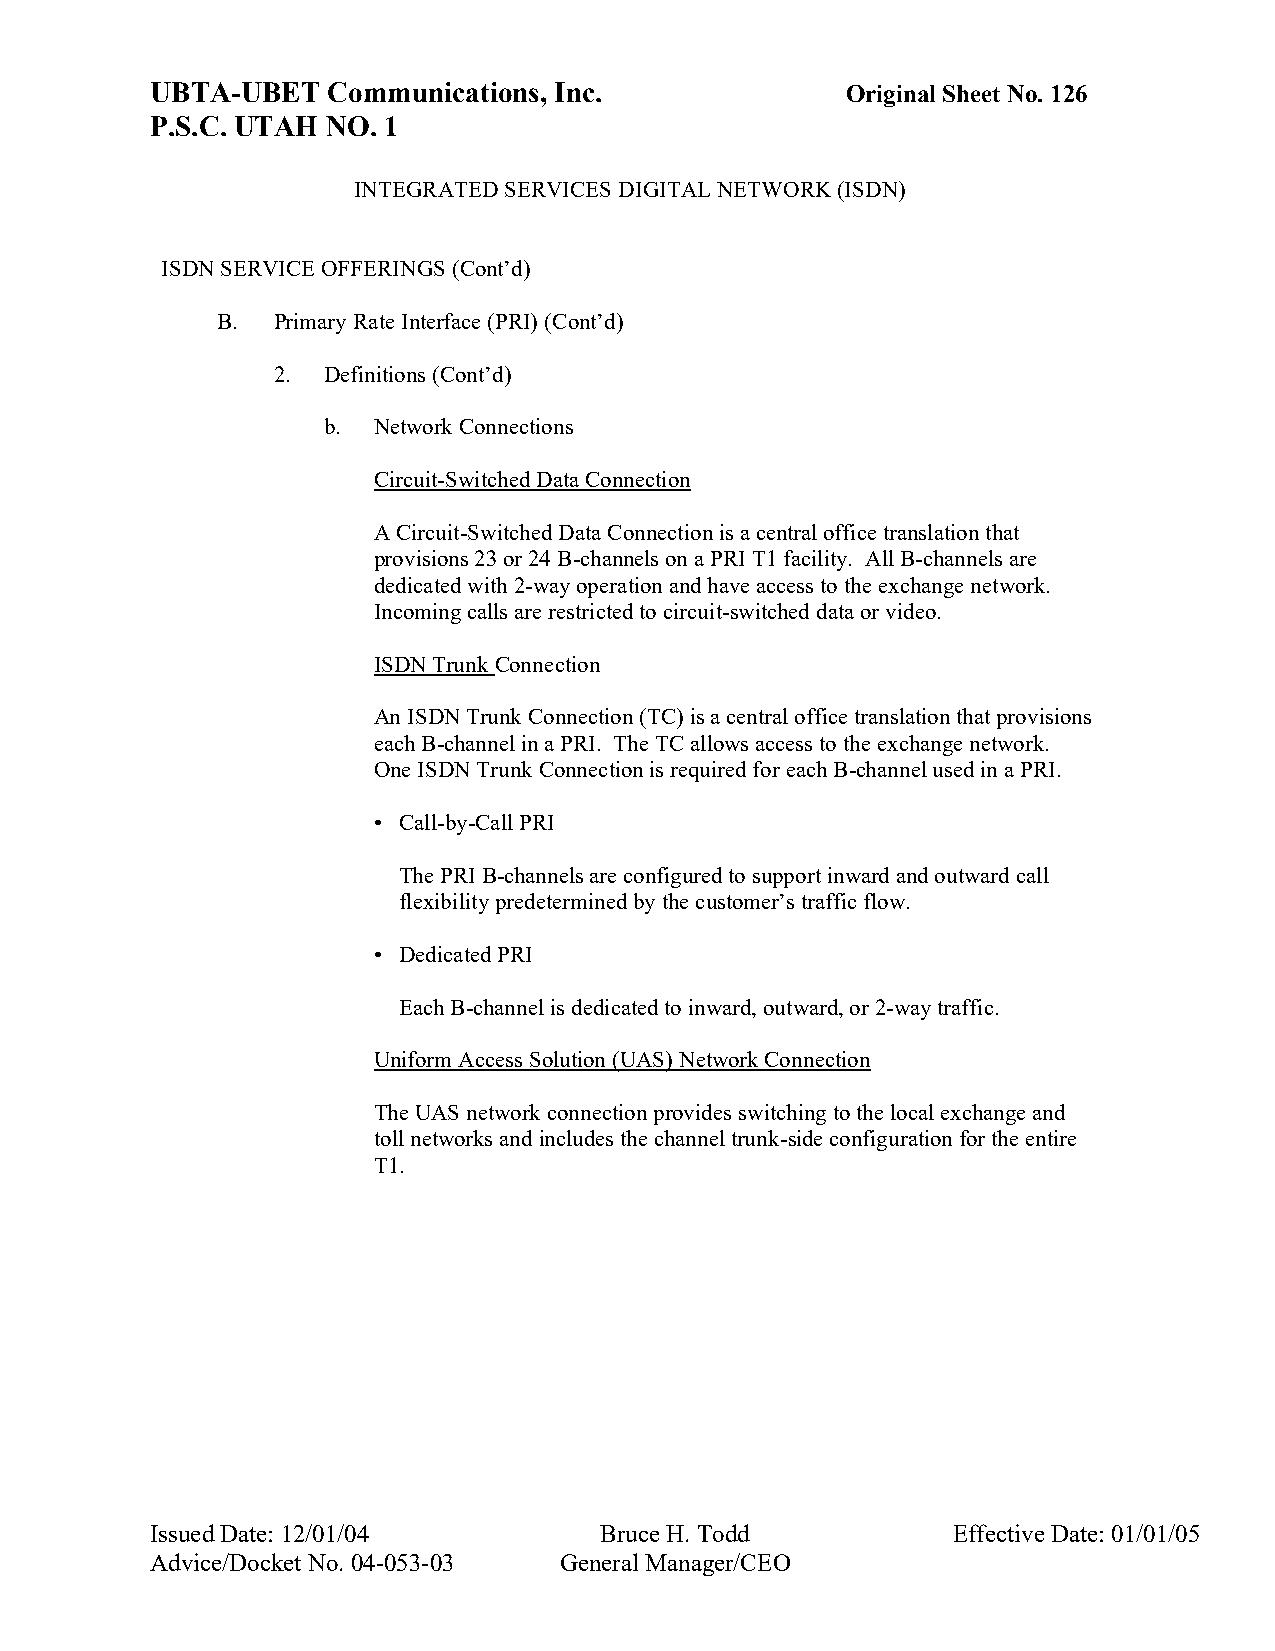
UBTA-UBET   Communications, Inc.              Original Sheet No. 126
 P.S.C. UTAH NO. 1
 INTEGRATED SERVICES DIGITAL NETWORK (ISDN)
 ISDN SERVICE OFFERINGS (Cont’d)
 B.  Primary Rate Interface (PRI) (Cont’d)
 2. Definitions (Cont’d)
 b.  Network Connections
 Circuit-Switched Data Connection
 A Circuit-Switched Data Connection is a central office translation that
 provisions 23 or 24 B-channels on a PRI T1 facility. All B-channels are
 dedicated with 2-way operation and have access to the exchange network.
 Incoming calls are restricted to circuit-switched data or video.
 ISDN Trunk Connection
 An ISDN Trunk Connection (TC) is a central office translation that provisions
 each B-channel in a PRI. The TC allows access to the exchange network.
 One ISDN Trunk Connection is required for each B-channel used in a PRI.
 • Call-by-Call PRI
 The PRI B-channels are configured to support inward and outward call
 flexibility predetermined by the customer’s traffic flow.
 • Dedicated PRI
 Each B-channel is dedicated to inward, outward, or 2-way traffic.
 Uniform Access Solution (UAS) Network Connection
 The UAS network connection provides switching to the local exchange and
 toll networks and includes the channel trunk-side configuration for the entire
 T1.
 Issued Date: 12/01/04         Bruce H. Todd          Effective Date: 01/01/05
 Advice/Docket No. 04-053-03 General Manager/CEO